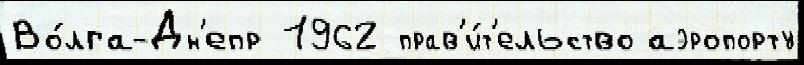
Во́лга-Дн'епр 1962 прав'и́т'ельство аэропорту